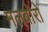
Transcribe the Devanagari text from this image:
मलबोरो